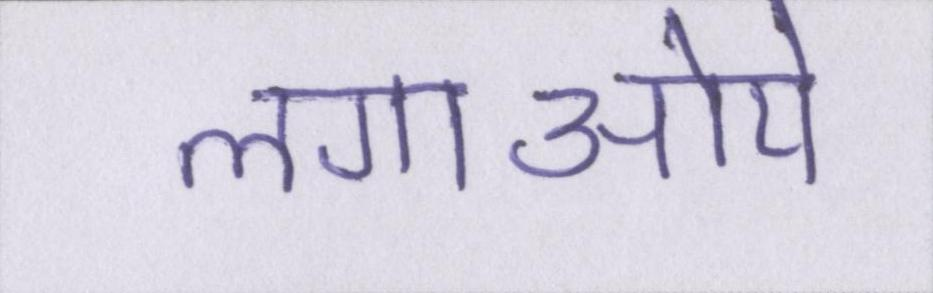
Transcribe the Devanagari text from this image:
लगाऒये